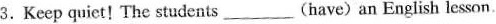
3.Keep quict! The students ___ (have) an English lesson.